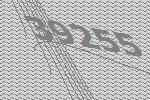
39255